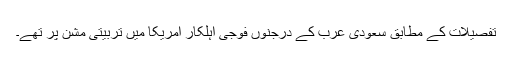
تفصیلات کے مطابق سعودی عرب کے درجنوں فوجی اہلکار امریکا میں تربیتی مشن پر تھے۔